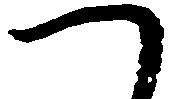
つ